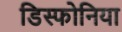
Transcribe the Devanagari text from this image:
डिस्फोनिया